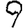
Digit: 9